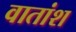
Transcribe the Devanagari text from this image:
वातांश